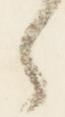
之